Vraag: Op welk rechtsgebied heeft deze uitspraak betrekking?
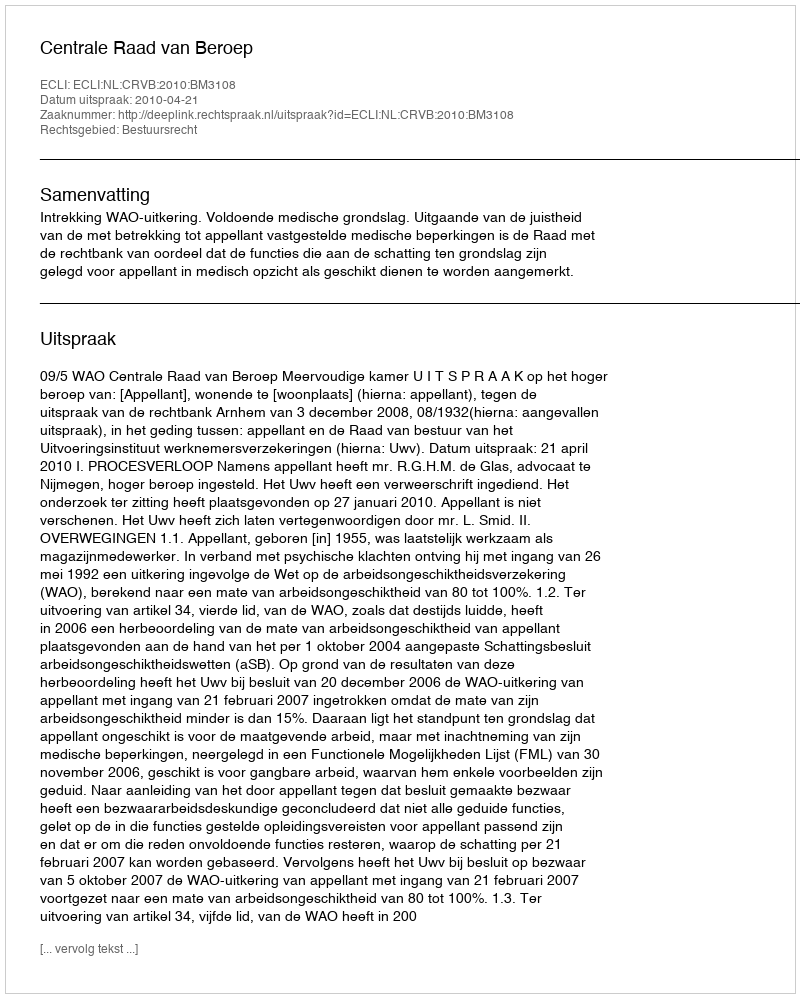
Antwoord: Bestuursrecht